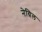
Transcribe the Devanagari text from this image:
नेग्रिल